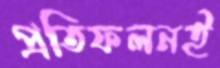
প্রতিফলনই